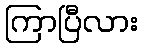
ကြာပြီလား